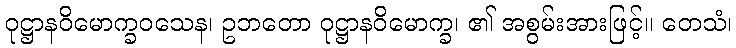
ဝုဋ္ဌာနဝိမောက္ခဝသေန၊ ဥဘတော ဝုဋ္ဌာနဝိမောက္ခ၊ ၏ အစွမ်းအားဖြင့်။ တေသံ၊